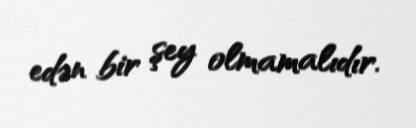
edən bir şey olmamalıdır.